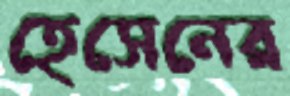
হেসেনের